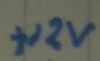
Text: +12V